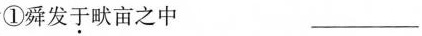
①舜发于畎亩之中 ___